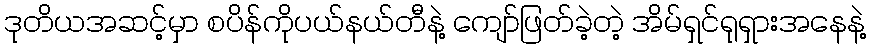
ဒုတိယအဆင့်မှာ စပိန်ကိုပယ်နယ်တီနဲ့ ကျော်ဖြတ်ခဲ့တဲ့ အိမ်ရှင်ရုရှားအနေနဲ့